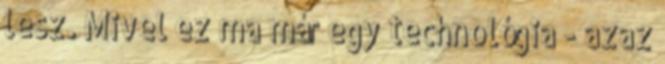
lesz. Mivel ez ma már egy technológia - azaz